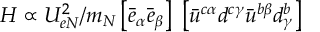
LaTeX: H \propto U _ { e N } ^ { 2 } / m _ { N } \left\lbrack \bar { e } _ { \alpha } \bar { e } _ { \beta } \right\rbrack \ \left\lbrack \bar { u } ^ { c \alpha } d ^ { c \gamma } \bar { u } ^ { b \beta } d _ { \gamma } ^ { b } \right\rbrack